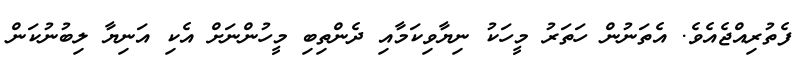
ފެތުރިއްޖެއެވެ. އެތަނުން ހަތަރު މީހަކު ނިޔާވިކަމާއި ދެންތިބި މީހުންނަށް އެކި އަނިޔާ ލިބުނުކަން